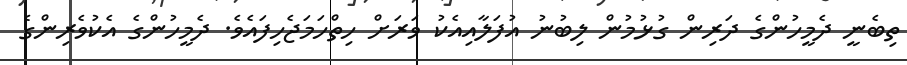
ތިބެނީ ދެމީހުންގެ ދަރިން ގުޅުމުން ލިބުނު އުފަލާއިއެކު ވަރަށް ހިތްހަމަޖެހިފައެވެ. ދެމީހުންގެ އެކުވެރިންގެ